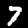
Digit: 7